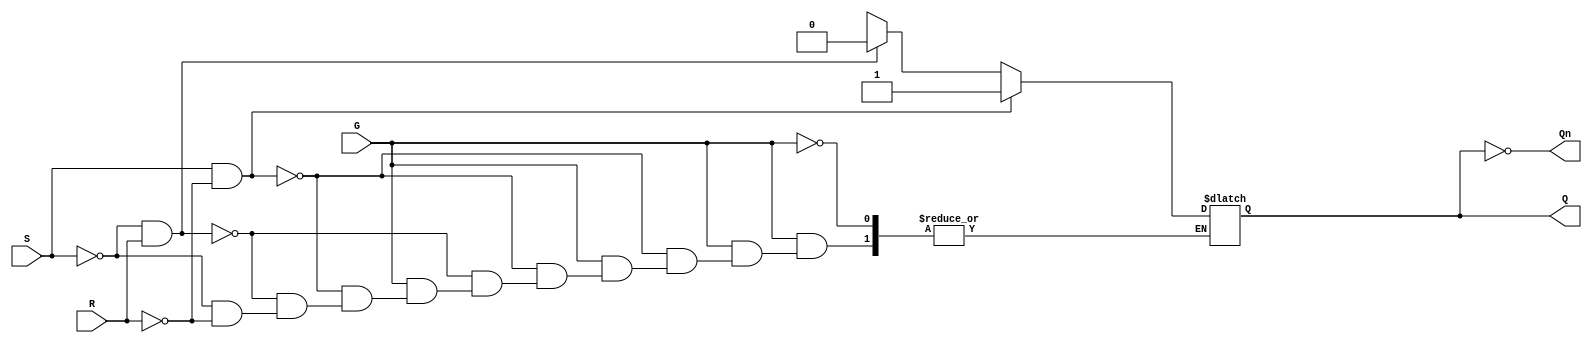
module GatedSRLatch (
    input wire S,    // Set input
    input wire R,    // Reset input
    input wire G,    // Enable signal
    output reg Q,    // Primary output
    output wire Qn   // Complimentary output
);

    // Complementary output
    assign Qn = ~Q;

    // Always block to model the gated behavior of the SR latch
    always @(*) begin
        if (G) begin
            // G is high; S and R will determine the output
            if (S && ~R) begin
                Q = 1;   // Set condition
            end else if (~S && R) begin
                Q = 0;   // Reset condition
            end else if (~S && ~R) begin
                // Maintain current state, do not change Q
                Q = Q;   // Retaining state
            end else begin
                // Both S and R are high - invalid state
                Q = 1'bx; // Undefined state
            end
        end
        // If G is low, Q retains its value
    end

endmodule